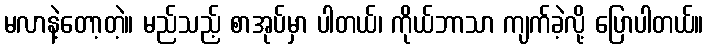
မလာနဲ့တော့တဲ့။ မည်သည့် စာအုပ်မှာ ပါတယ်၊ ကိုယ်ဘာသာ ကျက်ခဲ့လို့ ပြောပါတယ်။